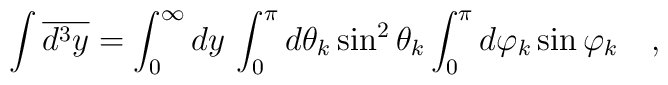
\int \overline{d^{3}y}=\int_{0}^{\infty }dy\,\int_{0}^{\pi }d\theta _{k}\sin^{2}\theta _{k}\int_{0}^{\pi }d\varphi _{k}\sin \varphi _{k}\quad ,